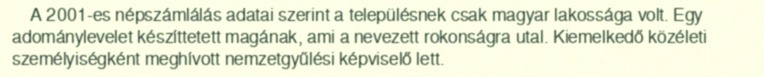
A 2001-es népszámlálás adatai szerint a településnek csak magyar lakossága volt. Egy adománylevelet készíttetett magának, ami a nevezett rokonságra utal. Kiemelkedő közéleti személyiségként meghívott nemzetgyűlési képviselő lett.